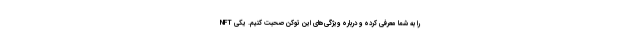
NFT را به شما معرفی کرده و درباره ویژگی‌های این توکن صحبت کنیم. یکی